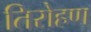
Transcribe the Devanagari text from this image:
तिरोहण